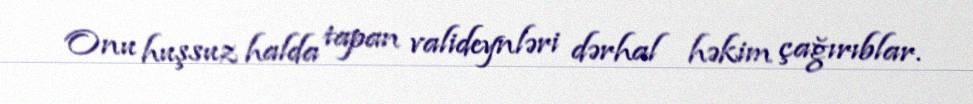
Onu huşsuz halda tapan valideynləri dərhal həkim çağırıblar.